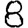
Digit: 8